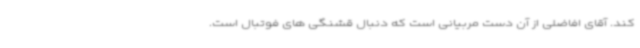
کند. آقای افاضلی از آن دست مربیانی است که دنبال قشنگی های فوتبال است.